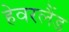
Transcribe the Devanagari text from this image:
हेवरलैंड